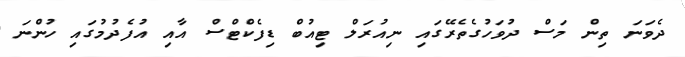
ދެވަނަ ތިން މަސް ދުވަހުގެތެރޭގައި ނިއުރަލް ޓިއުބް ޑިފެކްޓްސް އާއި އުފެދުމުގައި ހުންނަ